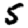
Digit: 5